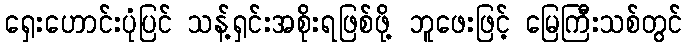
ရှေးဟောင်းပုံပြင် သန့်ရှင်းအစိုးရဖြစ်ဖို့ ဘူဖေးဖြင့် မြေကြီးသစ်တွင်